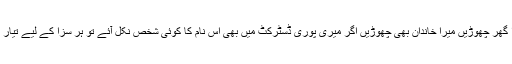
میرا گھر چھوڑیں میرا خاندان بھی چھوڑیں اگر میری پوری ڈسٹرکٹ میں بھی اس نام کا کوئی شخص نکل آئے تو ہر سزا کے لیے تیار ہوں۔